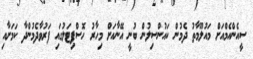
ސީއެންއެމްއަށް މައުލޫމާތު ދެމުން ކައުންސިލުން ބުނީ އޭނާއަށް މިހާރު ހޮސްޕިޓަލުގައި ފަރުވާދެމުންދާ ކަމަށާއި